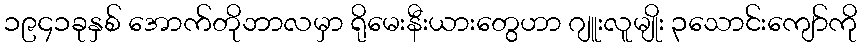
၁၉၄၁ခုနှစ် အောက်တိုဘာလမှာ ရိုမေးနီးယားတွေဟာ ဂျူးလူမျိုး ၃သောင်းကျော်ကို